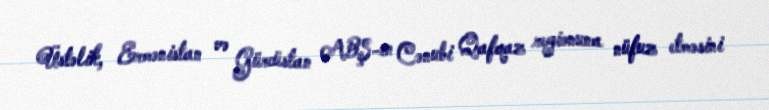
Üstəlik, Ermənistan və Gürcüstan ABŞ-ın Cənubi Qafqaz regionuna nüfuz etməsini